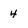
Character: 4